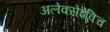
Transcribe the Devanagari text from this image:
अलेक्सेइविच